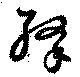
絳